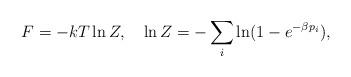
LaTeX: \begin{align*}F=-kT\ln Z,\quad \ln Z=-\sum_i\ln(1-e^{-\beta p_i}),\end{align*}